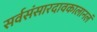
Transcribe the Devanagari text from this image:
सर्वसंसारदावकालानलं